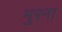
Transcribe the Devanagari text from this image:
मुरना